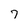
Character: 7